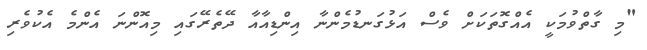
"މި ގާތްވުމަކީ އެއްގޮތަކަށް ވެސް އަޅުގަނޑުމެންނާ އިންޑިއާއާ ދޭތެރޭގައި މިއޮންނަ އެންމެ އެކުވެރި